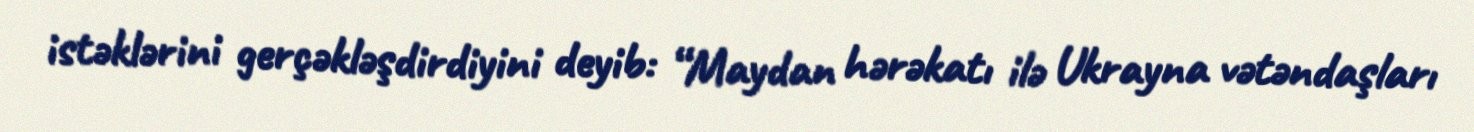
istəklərini gerçəkləşdirdiyini deyib: “Maydan hərəkatı ilə Ukrayna vətəndaşları